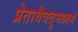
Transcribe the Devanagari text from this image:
प्रेतायैवतुमध्यमं